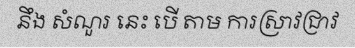
នឹង សំណួរ នេះ បើ តាម ការស្រាវជ្រាវ